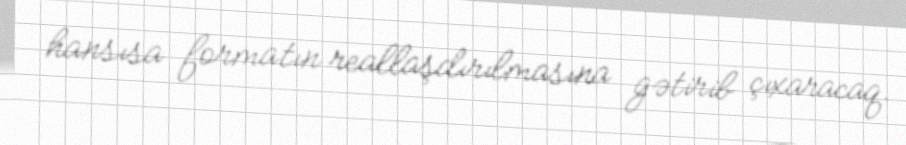
hansısa formatın reallaşdırılmasına gətirib çıxaracaq.